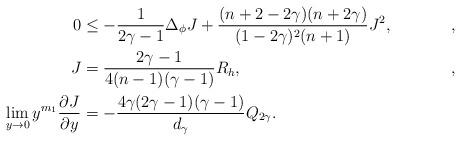
LaTeX: \begin{align*} 0 & \leq -\frac{1}{2\gamma-1}\Delta_\phi J + \frac{(n+2-2\gamma)(n+2\gamma)}{(1-2\gamma)^2(n+1)}J^2,& \quad, \\ J & = \frac{2\gamma-1}{4(n-1)(\gamma-1)}R_h,& \quad, \\ \lim_{y\to0}y^{m_1}\frac{\partial J}{\partial y} & = -\frac{4\gamma(2\gamma-1)(\gamma-1)}{d_\gamma}Q_{2\gamma} .\end{align*}